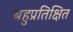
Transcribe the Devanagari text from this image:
बहुप्रतिक्षित